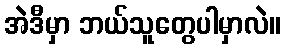
အဲဒီမှာ ဘယ်သူတွေပါမှာလဲ။